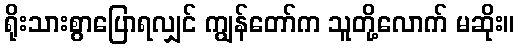
ရိုးသားစွာပြောရလျှင် ကျွန်တော်က သူတို့လောက် မဆိုး။